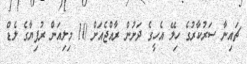
ޗައިނާ ސަރުކާރުގެ ހިލޭ އެހީގެ ދަށުން ރާއްޖެއަށް 10 މިލިއަން ރުފިޔާގެ ލެޑް